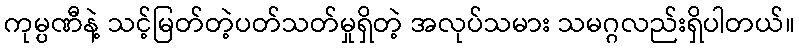
ကုမ္ပဏီနဲ့ သင့်မြတ်တဲ့ပတ်သတ်မှုရှိတဲ့ အလုပ်သမား သမဂ္ဂလည်းရှိပါတယ်။